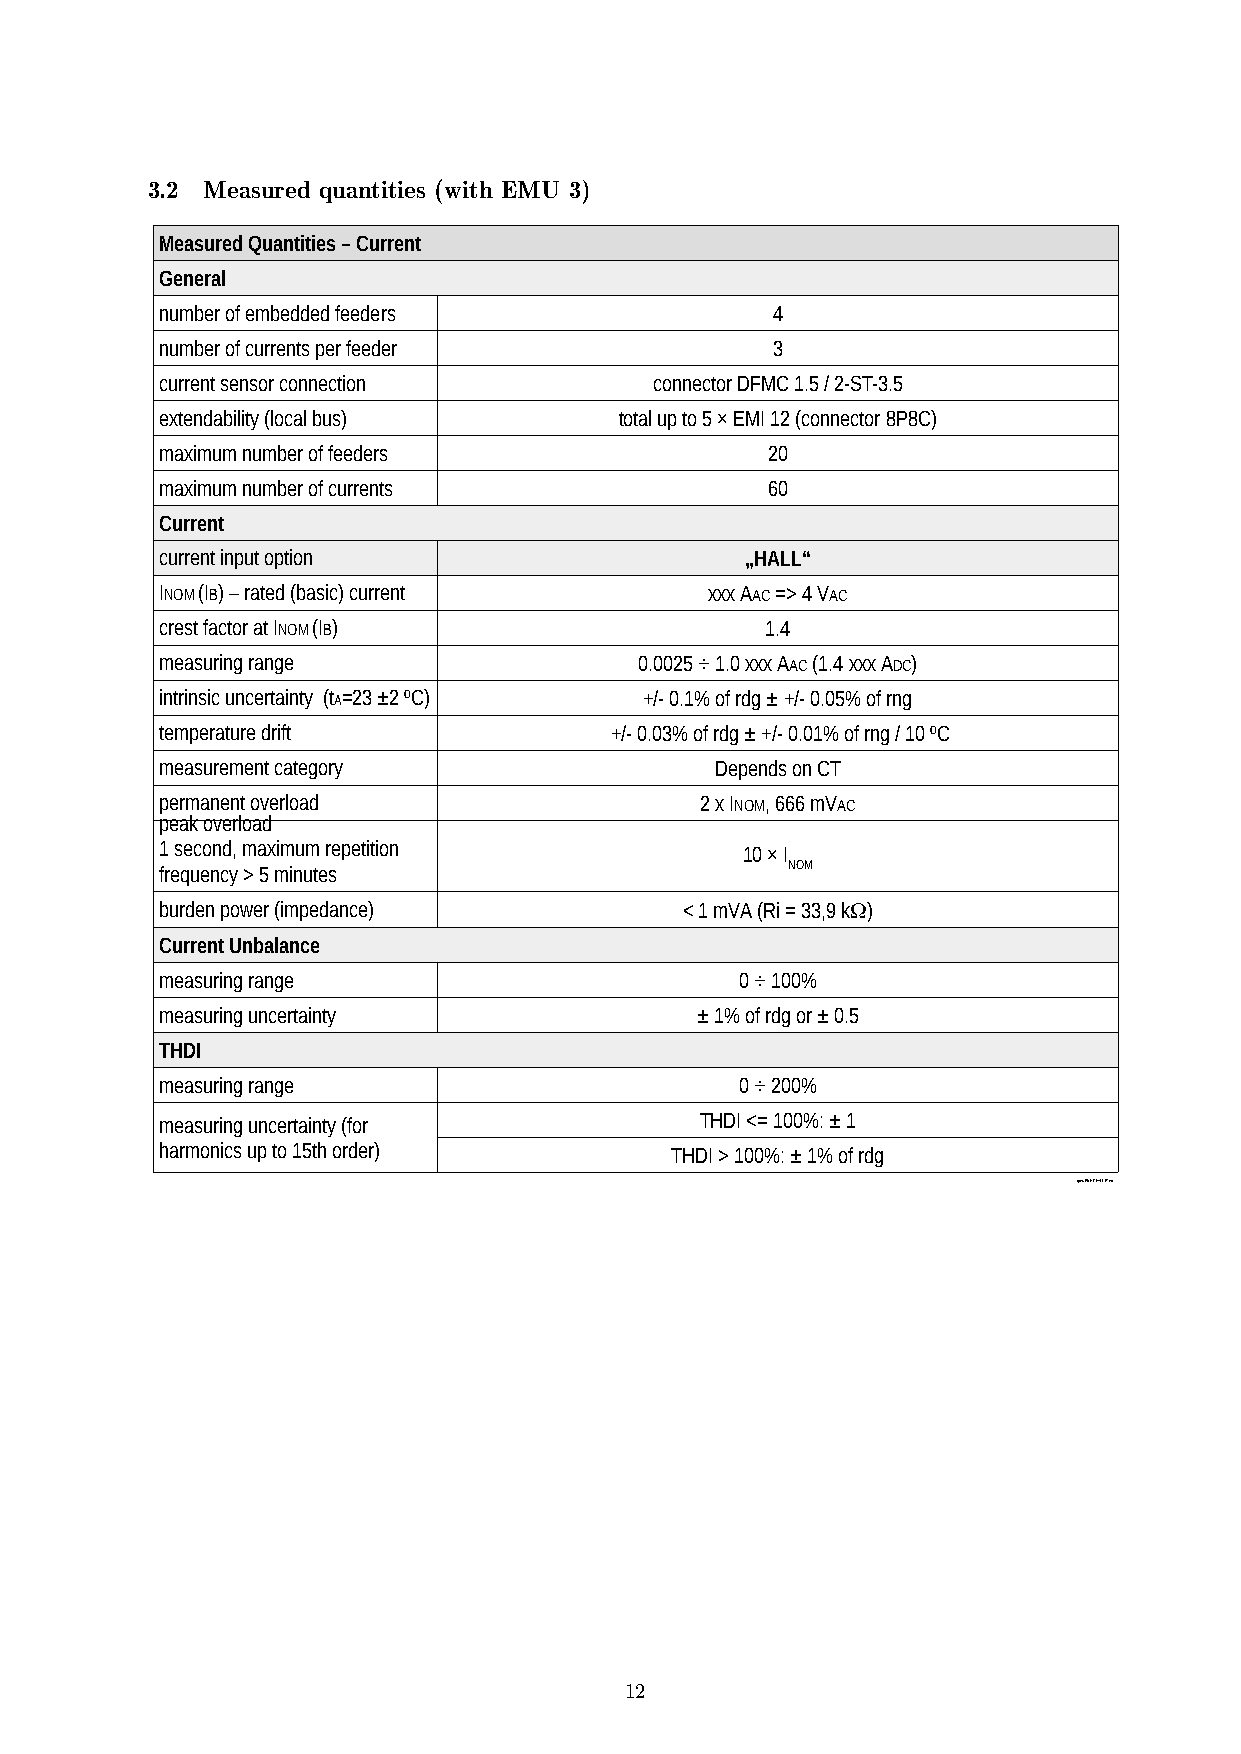
3.2 Measured quantities (with EMU 3)
 Measured Quantities – Current
 General
 number of embedded feeders              4
 number of currents per feeder           3
 current sensor connection       connector DFMC 1.5 / 2-ST-3.5
 extendability (local bus)     total up to 5 × EMI 12 (connector 8P8C)
 maximum number of feeders               20
 maximum number of currents              60
 Current
 current input option                  „HALL“
 INOM (IB) – rated (basic) current   xxx AAC => 4 VAC
 crest factor at INOM (IB)               1.4
 measuring range                0.0025 ÷ 1.0 xxx AAC (1.4 xxx ADC)
 intrinsic uncertainty (t A=23 ±2 ºC) +/- 0.1% of rdg ± +/- 0.05% of rng
 temperature drift            +/- 0.03% of rdg ± +/- 0.01% of rng / 10 ºC
 measurement category                Depends on CT
 permanent overload                 2 x INOM, 666 mVAC
 peak overload
 1 second, maximum repetition          10 × I
 frequency > 5 minutes                    NOM
 burden power (impedance)          < 1 mVA (Ri = 33,9 kW)
 Current Unbalance
 measuring range                       0 ÷ 100%
 measuring uncertainty              ± 1% of rdg or ± 0.5
 THDI
 measuring range                       0 ÷ 200%
 measuring uncertainty (for         THDI <= 100%: ± 1
 harmonics up to 15th order)      THDI > 100%: ± 1% of rdg
 spec-EMI12-HALL-IT-en
 12